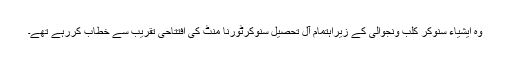
وہ ایشیاء سنوکر کلب ونجوالی کے زیراہتمام آل تحصیل سنوکرٹورنا منٹ کی افتتاحی تقریب سے خطاب کررہے تھے۔